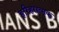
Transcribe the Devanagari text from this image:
हरिहरात्मक